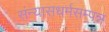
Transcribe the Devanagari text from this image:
संन्यासधर्मसम्पन्न